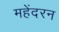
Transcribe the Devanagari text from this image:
महेंदरन